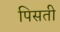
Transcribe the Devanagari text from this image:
पिसती